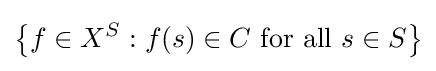
\left\{f\in X^{S}:f(s)\in C{\text{ for all }}s\in S\right\}